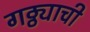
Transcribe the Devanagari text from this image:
गठ्ठ्याची